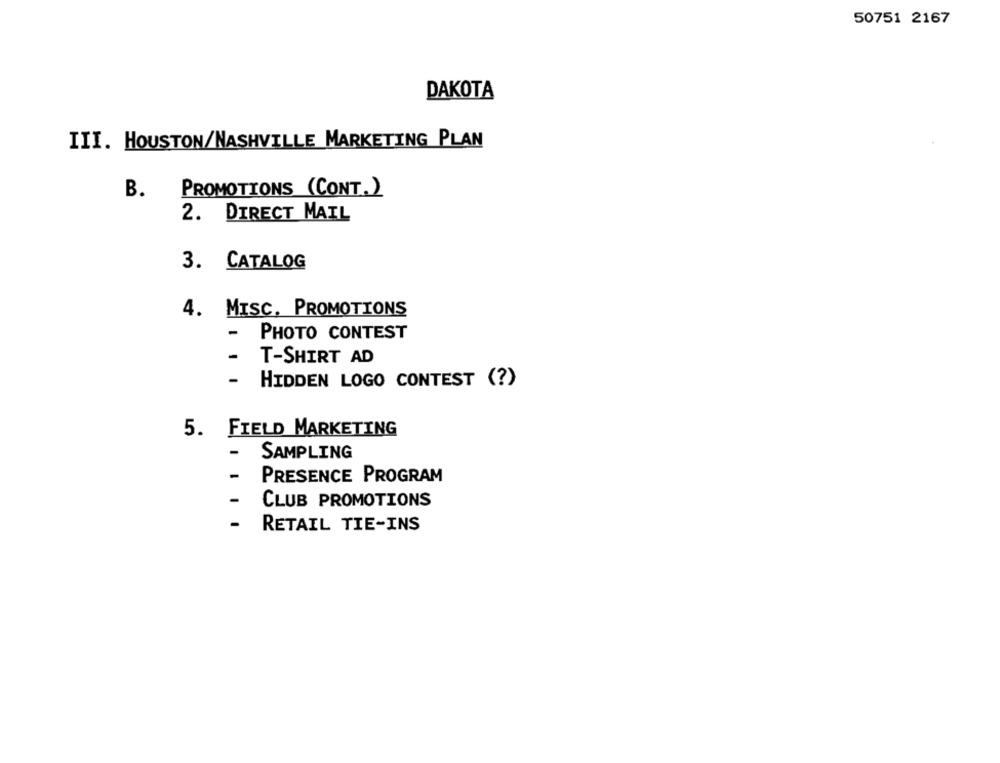
50751 2167
DAKOTA
III. HOUSTON/NASHVILLE MARKETING PLAN
B.
PROMOTIONS (CONT.)
2. DIRECT MAIL
3. CATALOG
4. MISC. PROMOTIONS
-
PHOTO CONTEST
-
T-SHIRT AD
- HIDDEN LOGO CONTEST (?)
5. FIELD MARKETING
-
SAMPLING
PRESENCE PROGRAM
-
CLUB PROMOTIONS
-
RETAIL TIE-INS